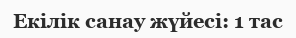
Екілік санау жүйесі: 1 тас